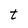
Character: t